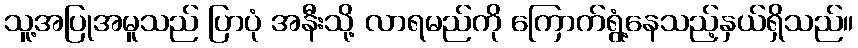
သူ့အပြုအမူသည် ပြာပုံ အနီးသို့ လာရမည်ကို ကြောက်ရွံ့နေသည့်နှယ်ရှိသည်။